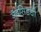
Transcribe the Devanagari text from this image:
ॲदसिडची